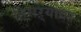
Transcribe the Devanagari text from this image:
तिसऱ्यावर